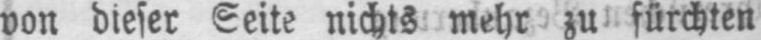
von dieser Seite nichts mehr zu fürchten